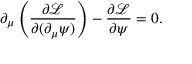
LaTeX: \partial _ { \mu } \left( { \frac { \partial { \mathcal { L } } } { \partial ( \partial _ { \mu } \psi ) } } \right) - { \frac { \partial { \mathcal { L } } } { \partial \psi } } = 0 .